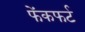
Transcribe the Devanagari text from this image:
फेंकफर्ट